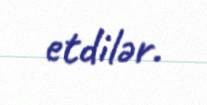
etdilər.